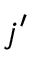
j ^ { \prime }